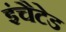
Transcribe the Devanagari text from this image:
इंचैटेड